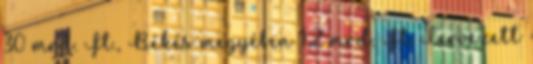
30 mrd. Ft., Békés megyében 1,2 mrd. Ft. Tervezett